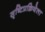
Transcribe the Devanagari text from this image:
सृष्टिप्रक्रियेला